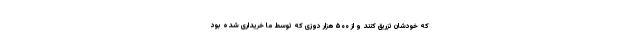
که خودشان تزریق کنند و از ۵۰۰ هزار دوزی که توسط ما خریداری شده بود